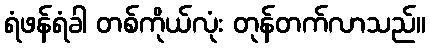
ရံဖန်ရံခါ တစ်ကိုယ်လုံး တုန်တက်လာသည်။